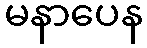
မနာပေန